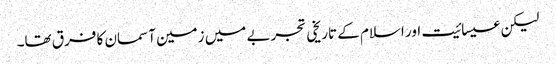
لیکن عیسائیت اور اسلام کے تاریخی تجربے میں زمین آسمان کا فرق تھا۔